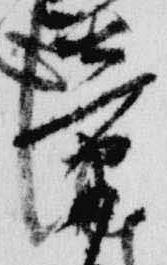
章